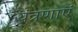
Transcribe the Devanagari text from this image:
यंत्रणाएं